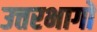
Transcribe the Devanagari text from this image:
उत्तरभागों